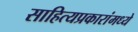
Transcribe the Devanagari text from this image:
साहित्यप्रकारांमध्ये